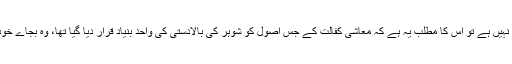
اور اگر یہ نتیجہ قابل قبول نہیں ہے تو اس کا مطلب یہ ہے کہ معاشی کفالت کے جس اصول کو شوہر کی بالادستی کی واحد بنیاد قرار دیا گیا تھا، وہ بجاے خود ناقص اور محل نظر ہے۔